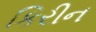
કિરીન